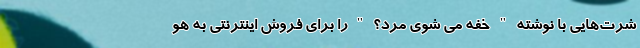
شرت‌هایی با نوشته " خفه می شوی مرد؟ " را برای فروش اینترنتی به هو